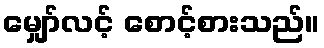
မျှော်လင့် စောင့်စားသည်။